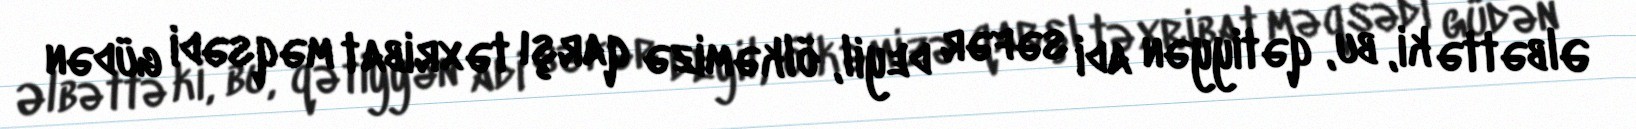
Əlbəttə ki, bu, qətiyyən adi səfər deyil, ölkəmizə qarşı təxribat məqsədi güdən